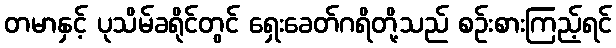
တမာနှင့် ပုသိမ်ခရိုင်တွင် ရှေးခေတ်ဂရိတို့သည် စဉ်းစားကြည့်ရင်